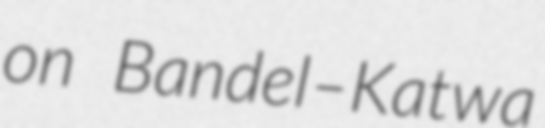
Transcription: on Bandel–Katwa